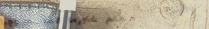
مطعم شاورما المدينة: وجبا